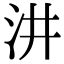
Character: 汫